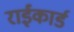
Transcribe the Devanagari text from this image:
राईकार्ड